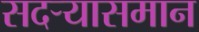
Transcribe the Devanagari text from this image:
सदर्‍यासमान